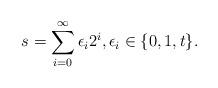
LaTeX: \begin{align*}s=\sum_{i=0}^{\infty}\epsilon_i2^i, \epsilon_i\in\{0,1,t\}.\end{align*}